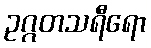
ဥဂ္ဂတသရီရော